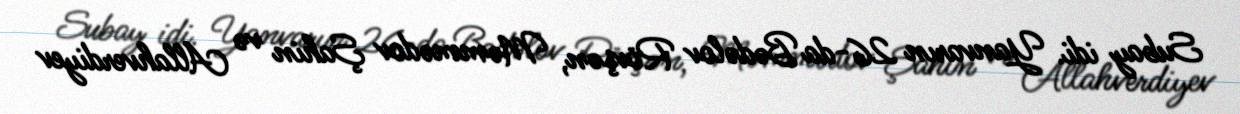
Subay idi. Yanvarın 26-da Bədəlov Rövşən, Məmmədov Şahin və Allahverdiyev